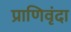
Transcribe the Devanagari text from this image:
प्राणिवृंदा